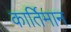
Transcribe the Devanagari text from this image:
कार्तिमान